Lunatic asylums United Provinces 1909-1921 - 1909-1921
Year: 1909
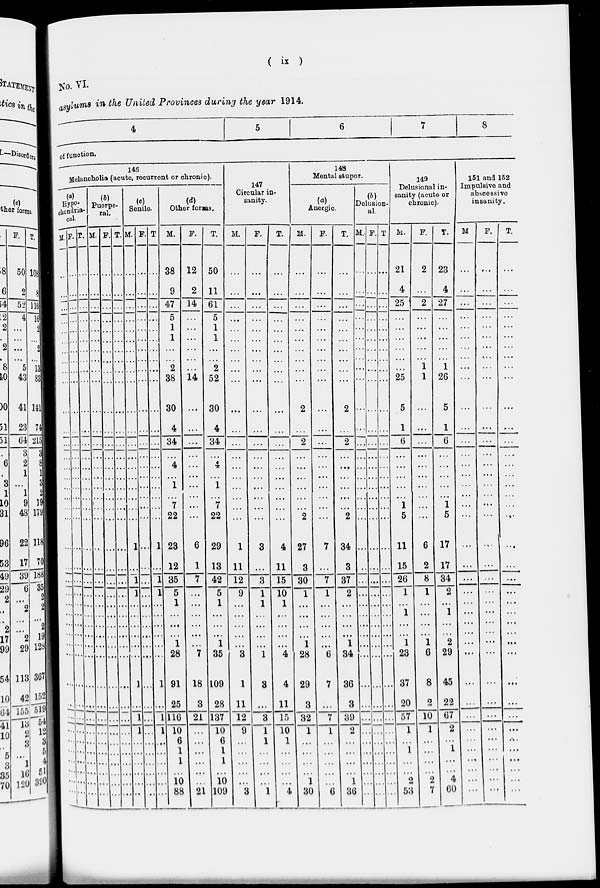
(
ix
)
No. VI.
asylums in the United Provinces during the year 1914.
4
5
6
7
8
of function.
146
Melancholia (acute, recurrent or chronic).
(a)
Hypo-
chondria-
cal.
M.
...
...
...
...
...
......
...
...
...
...
...
...
...
...
...
...
...
...
...
...
...
...
...
...
...
...
...
...
...
...
...,
...
...
...
...
...
...
...
...
...
F.
...
...
...
...
...
...
...
...
...
...
...
...
...
...
...
...
...
...
...
...
...
...
...
...
...
...
...
...
...
...
...
...
...
...
...
...
...
...
...
...
T.
...
...
...
...
...
...
...
...
...
...
...
...
...
...
...
...
...
...
...
...
...
...
...
...
...
...
...
...
...
...
...
...
...
...
...
...
...
...
...
...
Puerpe-
ral.
M.
...
...
...
...
...
...
...
...
...
...
...
...
...
...
...
...
...
...
...
...
...
...
...
...
...
...
...
...
...
...
...
...
...
...
...
...
...
...
...
...
F.
...
...
...
...
...
...
...
...
...
...
...
...
...
...
...
...
...
...
...
...
...
...
...
...
...
...
...
...
...
...
...
...
...
...
...
...
...
...
...
...
T.
...
...
...
...
...
...
...
...
...
...
...
...
...
...
...
...
...
...
...
...
...
...
...
...
...
...
...
...
...
...
...
...
...
...
...
...
...
...
...
...
Senile.
M.
...
...
...
...
...
...
...
...
...
...
...
...
...
...
...
...
...
...
...
...
1
...
1
1
...
...
...
...
...
...
1
...
1
1
...
...
...
...
...
...
F.
...
...
...
...
...
...
...
...
...
...
...
...
...
...
...
...
...
...
...
...
...
...
...
...
...
...
...
...
...
...
...
...
...
...
...
...
...
...
...
...
T.
...
...
...
...
...
...
...
...
...
...
...
...
...
...
...
...
...
...
...
...
1
...
1
1
...
...
...
...
...
...
1
...
1
1
...
...
...
...
...
...
(d)
Other forms.
M.
38
9
47
5
1
1
...
...
2
38
30
4
34
...
4
...
1
...
7
22
23
12
35
5
1
...
...
...
1
28
91
25
116
10
6
1
1
...
10
88
F.
12
2
14
...
...
...
...
...
...
14
...
...
...
...
...
...
...
...
...
...
6
1
7
...
...
...
...
...
...
7
18
3
21
...
...
...
...
...
...
21
T.
50
11
61
5
1
1
...
...
2
52
30
4
34
...
4
...
1
...
7
22
29
13
42
5
1
...
...
...
1
35
109
28
137
10
6
1
1
...
10
109
147
Circular in-
sanity.
M.
...
...
...
...
...
...
...
...
...
...
...
...
...
...
...
...
...
...
1
11
12
9
...
...
...
...
...
3
1
11
12
9
...
...
...
...
...
3
F.
...
...
...
...
...
...
...
...
...
...
...
...
...
...
...
...
...
...
3
...
3
1
1
...
...
...
...
1
3
...
3
1
1
...
...
...
...
1
T.
...
...
...
...
...
...
...
...
...
...
...
...
...
...
...
...
...
...
...
...
4
11
15
10
1
...
...
...
...
4
4
11
15
10
1
...
...
...
...
4
148
Mental stupor.
(a)
Anergic.
M.
...
...
...
...
...
...
...
...
...
...
2
...
2
...
...
...
...
...
...
2
27
3
30
1
...
...
...
...
1
28
29
3
32
1
...
...
...
...
1
30
F.
...
...
...
...
...
...
...
...
...
...
...
...
...
...
...
...
...
...
...
7
7
1
...
...
...
...
...
6
7
...
7
1
...
...
...
...
...
6
T.
...
...
...
...
...
...
...
...
...
...
2
...
2
...
...
...
...
...
...
2
34
3
37
2
...
...
...
...
1
34
36
3
39
2
...
...
...
...
1
36
(b)
Delusion-
al.
M.
...
...
...
...
...
...
...
...
...
...
...
...
...
...
...
...
...
...
...
...
...
...
...
...
...
...
...
...
...
...
...
...
...
...
...
..
...
..
...
...
F.
...
...
...
...
...
...
...
...
...
...
...
...
...
...
...
...
...
...
...
...
...
...
...
...
...
...
...
...
...
...
...
...
...
...
...
...
...
...
...
...
T.
...
...
...
...
...
...
...
...
...
...
...
...
...
...
...
...
...
...
...
...
...
...
...
...
...
...
...
...
...
...
...
...
...
...
...
..
...
...
...
...
149
Delusional in-
sanity (acute or
chronic).
M.
21
4
25
...
...
...
...
...
...
25
5
1
6
...
...
...
...
...
1
5
11
15
26
1
...
1
...
...
1
23
37
20
57
1
...
1
...
...
2
53
F.
2
...
2
...
...
...
...
...
1
1
...
...
...
...
...
...
...
...
...
...
6
2
8
1
...
...
...
...
1
6
8
2
10
1
...
...
...
...
2
7
T.
23
4
27
...
...
...
...
...
1
26
5
1
6
...
...
...
...
...
1
5
17
17
34
2
...
1
...
...
2
29
45
22
67
2
...
1
...
...
4
60
151 and 152
Impulsive and
abscessive
insanity.
M
...
...
...
...
...
...
...
...
...
...
...
...
...
...
...
...
...
...
...
...
...
...
...
...
...
...
...
...
...
...
...
...
...
...
...
...
...
...
...
...
F.
...
...
...
...
...
...
...
...
. . .
...
...
...
...
...
...
...
...
...
...
...
...
...
...
...
...
...
...
...
...
...
...
...
...
...
...
...
...
...
...
...
T.
...
...
...
...
...
...
...
...
...
...
...
...
...
...
...
...
...
...
...
...
...
...
...
...
...
...
...
...
...
...
...
...
...
...
...
...
...
...
...
...